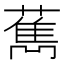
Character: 𦼱